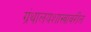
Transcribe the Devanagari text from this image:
ग्रंथालयशास्त्रावरील